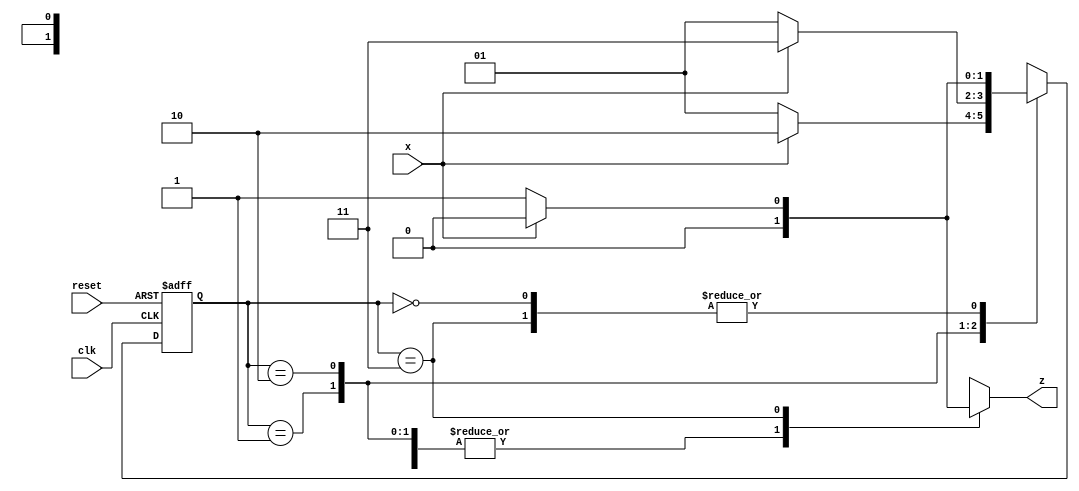
//seq_dectector.v
//A sequence detector for pattern "0110"

module seq_detector (
    x, clk, reset, z
);
    input x, clk, reset;
    output reg z;

    parameter S0 = 0, S1 = 1, S2 = 2, S3 = 3; //states
    reg [0 : 1] pstate, nstate;

    always @(posedge clk or posedge reset)
        if(reset)   pstate <= S0;
        else    pstate <= nstate;

    always @(pstate ,x) begin
        case (pstate)
            S0 : begin
                z = 0;
                nstate = x ? S0 : S1;
            end

            S1 : begin
                z = 0;
                nstate = x ? S2 : S1;
            end

            S2 : begin
                z = 0;
                nstate = x ? S3 : S1;
            end

            S3  : begin
                z = x ? 0 : 1;
                nstate = x ? S0 : S1;
            end

        endcase
    end


endmodule